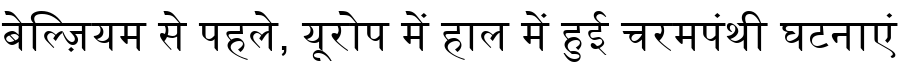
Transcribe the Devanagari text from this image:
बेल्ज़ियम से पहले, यूरोप में हाल में हुई चरमपंथी घटनाएं